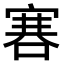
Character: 𠹟